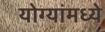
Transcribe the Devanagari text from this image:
योग्यांमध्ये